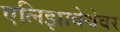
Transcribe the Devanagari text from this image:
एलिझाबेथेवर